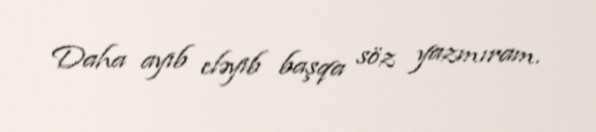
Daha ayıb eləyib başqa söz yazmıram.